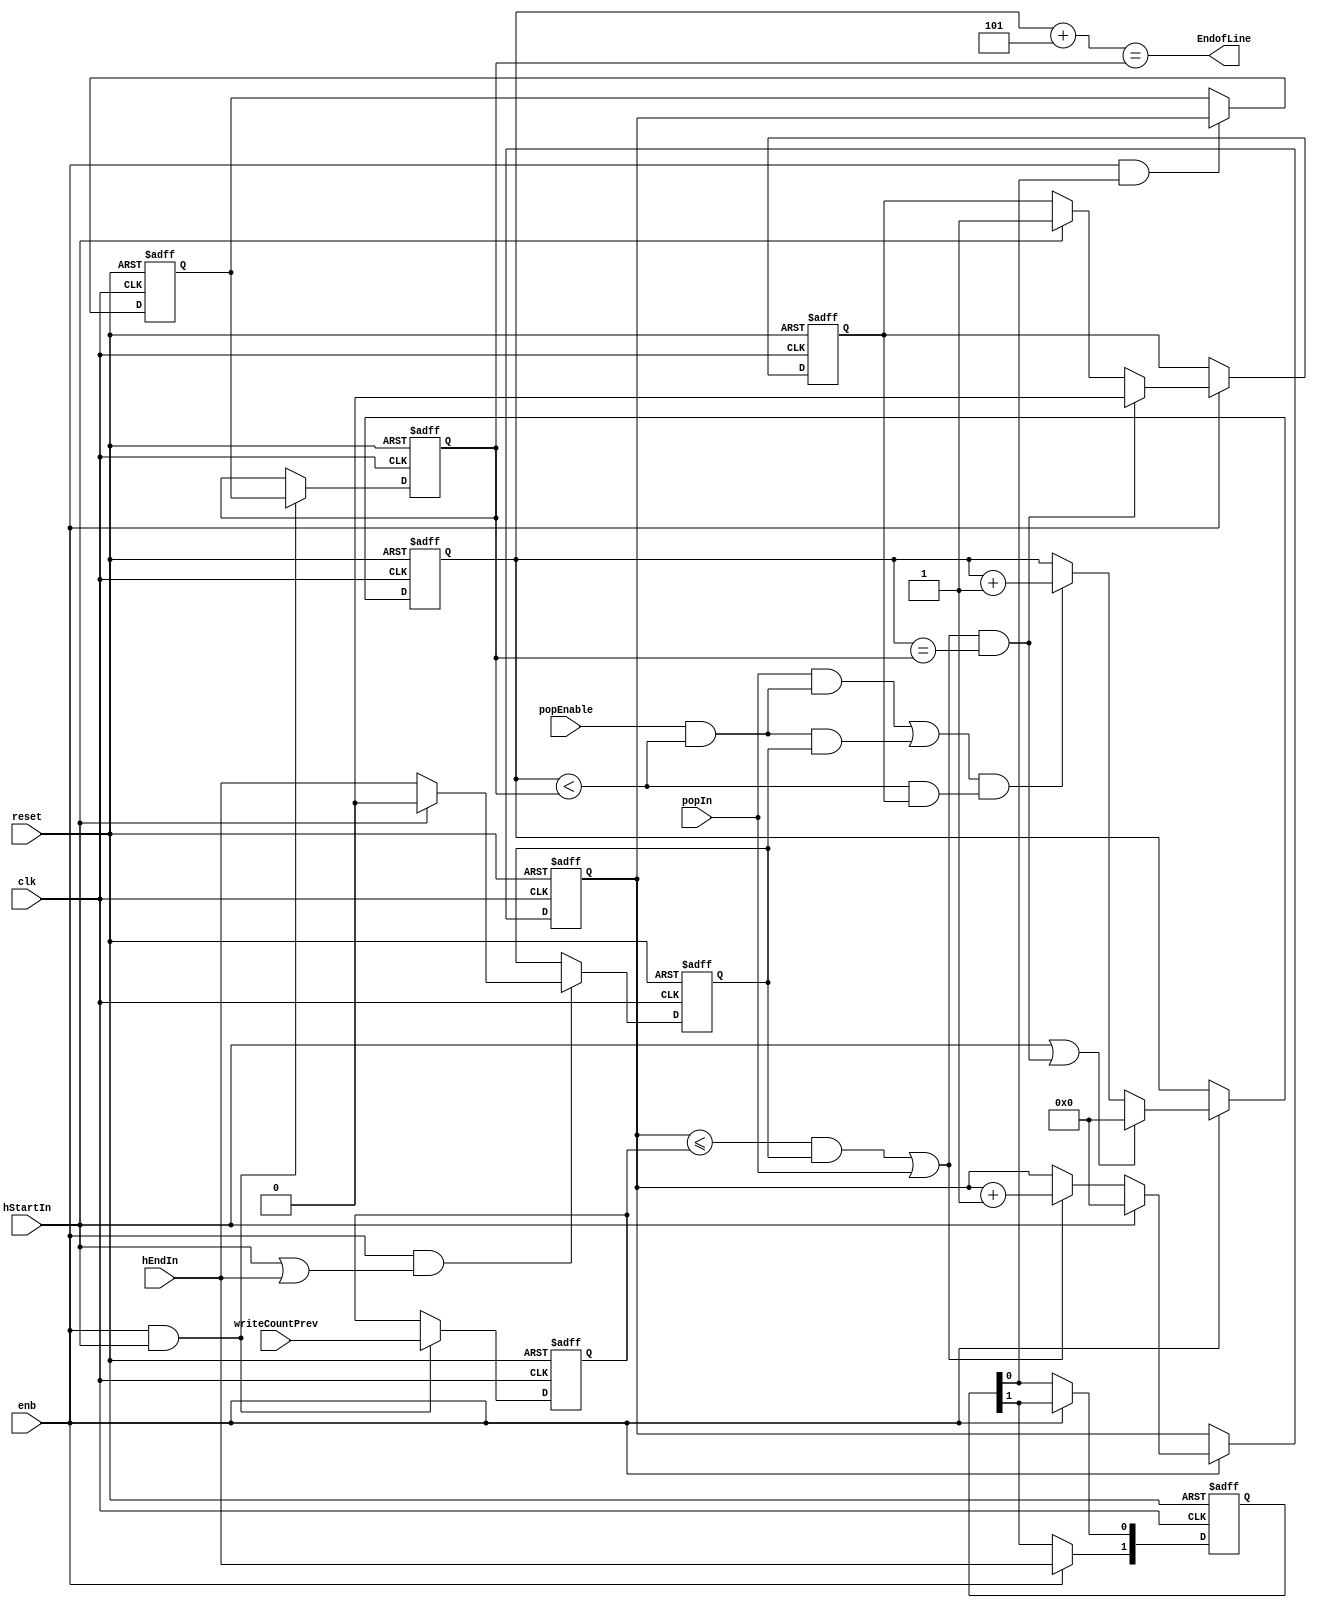
// -------------------------------------------------------------
// 
// 
// Generated by MATLAB 9.14 and HDL Coder 4.1
// 
// -------------------------------------------------------------


// -------------------------------------------------------------
// 
// Module: PushPopCounter
// Source Path: EdgeDetectionAndOverlayHDL/Pixel-Stream HDL Model/Edge Detection/Edge Detector/LineBuffer/DATA_MEMORY/PushPopCounter
// Hierarchy Level: 5
// 
// -------------------------------------------------------------

`timescale 1 ns / 1 ns

module PushPopCounter
          (clk,
           reset,
           enb,
           hStartIn,
           popIn,
           popEnable,
           hEndIn,
           writeCountPrev,
           EndofLine);


  input   clk;
  input   reset;
  input   enb;
  input   hStartIn;
  input   popIn;
  input   popEnable;
  input   hEndIn;
  input   [10:0] writeCountPrev;  // ufix11
  output  EndofLine;


  reg [10:0] writePrevREG;  // ufix11
  wire InBetweenEn;
  wire ConstantZero;
  wire InBetweenRegIn;
  reg  InBetween;
  wire writeEN;
  reg [10:0] writeCount;  // ufix11
  wire relop_relop1;
  wire writeContinue;
  reg  [0:1] intdelay_reg;  // ufix1 [2]
  wire [0:1] intdelay_reg_next;  // ufix1 [2]
  wire writeStoreEn;
  reg [10:0] writeCountNext;  // ufix11
  reg [10:0] writeCountCurrent;  // ufix11
  wire [10:0] readCountCompare;  // ufix11
  wire readCountCompare_is_not0;
  wire popTerm2;
  wire relop_relop1_1;
  wire and_bool;
  wire readCountCompare_is_not0_1;
  wire popTerm1;
  wire popCounter;
  wire readReset;
  reg  readPop;
  reg [10:0] readCount;  // ufix11
  wire popcountless;
  wire relop_relop1_2;
  wire startOrEnd;
  wire [10:0] constantTwo;  // ufix11
  wire [10:0] readCountAhead;  // ufix11
  wire relop_relop1_3;


  always @(posedge clk or posedge reset)
    begin : reg_rsvd_process
      if (reset == 1'b1) begin
        writePrevREG <= 11'b00000000000;
      end
      else begin
        if (enb && hStartIn) begin
          writePrevREG <= writeCountPrev;
        end
      end
    end



  assign InBetweenEn = hStartIn | hEndIn;



  assign ConstantZero = 1'b0;



  assign InBetweenRegIn = (hStartIn == 1'b0 ? hEndIn :
              ConstantZero);



  always @(posedge clk or posedge reset)
    begin : reg_rsvd_1_process
      if (reset == 1'b1) begin
        InBetween <= 1'b0;
      end
      else begin
        if (enb && InBetweenEn) begin
          InBetween <= InBetweenRegIn;
        end
      end
    end



  // Free running, Unsigned Counter
  //  initial value   = 0
  //  step value      = 1
  always @(posedge clk or posedge reset)
    begin : Write_Count_process
      if (reset == 1'b1) begin
        writeCount <= 11'b00000000000;
      end
      else begin
        if (enb) begin
          if (hStartIn == 1'b1) begin
            writeCount <= 11'b00000000000;
          end
          else if (writeEN == 1'b1) begin
            writeCount <= writeCount + 11'b00000000001;
          end
        end
      end
    end



  assign relop_relop1 = writeCount <= writePrevREG;



  assign writeContinue = relop_relop1 & InBetween;



  assign writeEN = writeContinue | popIn;



  always @(posedge clk or posedge reset)
    begin : intdelay_process
      if (reset == 1'b1) begin
        intdelay_reg[0] <= 1'b0;
        intdelay_reg[1] <= 1'b0;
      end
      else begin
        if (enb) begin
          intdelay_reg[0] <= intdelay_reg_next[0];
          intdelay_reg[1] <= intdelay_reg_next[1];
        end
      end
    end

  assign writeStoreEn = intdelay_reg[1];
  assign intdelay_reg_next[0] = hEndIn;
  assign intdelay_reg_next[1] = intdelay_reg[0];



  always @(posedge clk or posedge reset)
    begin : reg_rsvd_2_process
      if (reset == 1'b1) begin
        writeCountNext <= 11'b00000000000;
      end
      else begin
        if (enb && writeStoreEn) begin
          writeCountNext <= writeCount;
        end
      end
    end



  always @(posedge clk or posedge reset)
    begin : reg_rsvd_3_process
      if (reset == 1'b1) begin
        writeCountCurrent <= 11'b00000000000;
      end
      else begin
        if (enb && hStartIn) begin
          writeCountCurrent <= writeCountNext;
        end
      end
    end



  assign readCountCompare_is_not0 = readCountCompare != 11'b00000000000;



  assign popTerm2 = readCountCompare_is_not0 & InBetween;



  assign and_bool = popEnable & relop_relop1_1;



  assign readCountCompare = {10'b0, and_bool};



  assign readCountCompare_is_not0_1 = readCountCompare != 11'b00000000000;



  assign popTerm1 = popIn & readCountCompare_is_not0_1;



  assign popCounter = popTerm1 | popTerm2;



  always @(posedge clk or posedge reset)
    begin : readResetREG_process
      if (reset == 1'b1) begin
        readPop <= 1'b0;
      end
      else begin
        if (enb) begin
          if (readReset == 1'b1) begin
            readPop <= 1'b0;
          end
          else begin
            if (hStartIn) begin
              readPop <= hStartIn;
            end
          end
        end
      end
    end



  assign relop_relop1_1 = readCount < writeCountCurrent;



  assign popcountless = popCounter & (relop_relop1_1 & readPop);



  assign relop_relop1_2 = readCount == writeCountCurrent;



  assign readReset = writeEN & relop_relop1_2;



  assign startOrEnd = hStartIn | readReset;



  // Free running, Unsigned Counter
  //  initial value   = 0
  //  step value      = 1
  always @(posedge clk or posedge reset)
    begin : Read_Count_process
      if (reset == 1'b1) begin
        readCount <= 11'b00000000000;
      end
      else begin
        if (enb) begin
          if (startOrEnd == 1'b1) begin
            readCount <= 11'b00000000000;
          end
          else if (popcountless == 1'b1) begin
            readCount <= readCount + 11'b00000000001;
          end
        end
      end
    end



  assign constantTwo = 11'b00000000101;



  assign readCountAhead = readCount + constantTwo;



  assign relop_relop1_3 = readCountAhead == writeCountCurrent;



  assign EndofLine = relop_relop1_3;

endmodule  // PushPopCounter